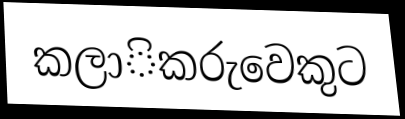
කලාිකරුවෙකුට